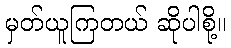
မှတ်ယူကြတယ် ဆိုပါစို့။